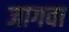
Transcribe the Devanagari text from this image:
जागवा